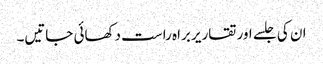
ان کی جلسے اور تقاریر براہ راست دکھائی جاتیں۔